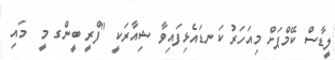
ލީޑާސް ކޭމްޕަށް މިއަހަރު ކަނޑައެޅިފައިވާ ޝިއާރަކީ "ފްރީ ބީންގ މީ  މައި